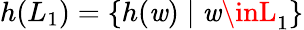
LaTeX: h(L_{1})=\{ h(\mathit{w})\mid\mathit{w}\inL_{1}\}